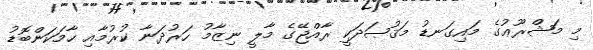
މި މަޝްރޫޢުގެ މައިގަނޑު މަޤުޞަދަކީ ރާއްޖޭގެ މާލީ ނިޒާމު ހަރުދަނާ ކުރުމާއި ހާމަކަންބޮޑު